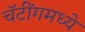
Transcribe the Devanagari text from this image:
चॅटींगमध्ये